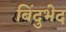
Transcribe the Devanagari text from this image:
बिंदुभेद